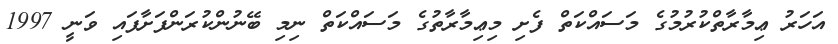
އަހަރު ޢިމާރާތްކުރުމުގެ މަސައްކަތް ފެށި މިޢިމާރާތުގެ މަސައްކަތް ނިމި ބޭނުންކުރަންފަށާފައި ވަނީ 1997